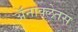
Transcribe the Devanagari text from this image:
अॅनाक्लेतस